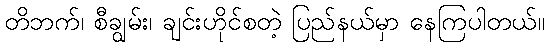
တိဘက်၊ စီချွမ်း၊ ချင်းဟိုင်စတဲ့ ပြည်နယ်မှာ နေကြပါတယ်။